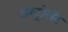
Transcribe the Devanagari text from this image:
अॅस्ट्रोसॅट